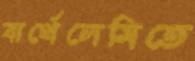
বার্থেলেমিতে